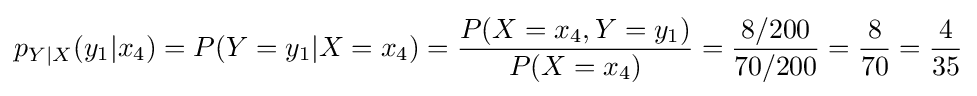
p_{Y|X}(y_{1}|x_{4})=P(Y=y_{1}|X=x_{4})={\frac {P(X=x_{4},Y=y_{1})}{P(X=x_{4})}}={\frac {8/200}{70/200}}={\frac {8}{70}}={\frac {4}{35}}